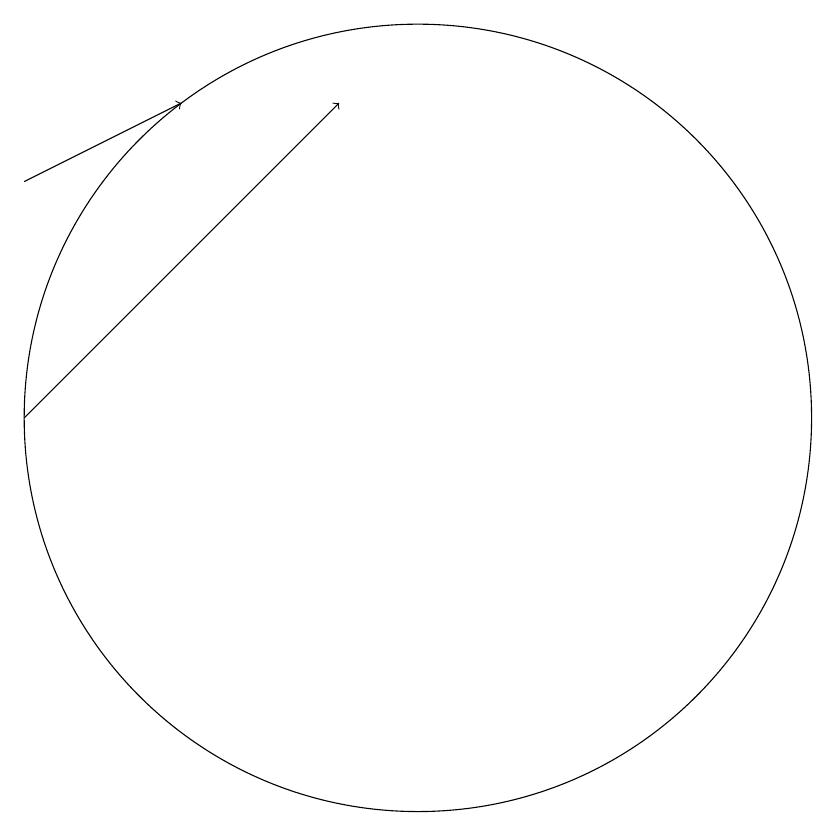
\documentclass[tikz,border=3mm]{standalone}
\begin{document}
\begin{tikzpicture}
\draw (10,10) circle (5);
\draw[->] (5,10) -- (9,14);
\draw[->] (5,13) -- (7,14);
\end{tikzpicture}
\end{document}